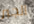
الجبر